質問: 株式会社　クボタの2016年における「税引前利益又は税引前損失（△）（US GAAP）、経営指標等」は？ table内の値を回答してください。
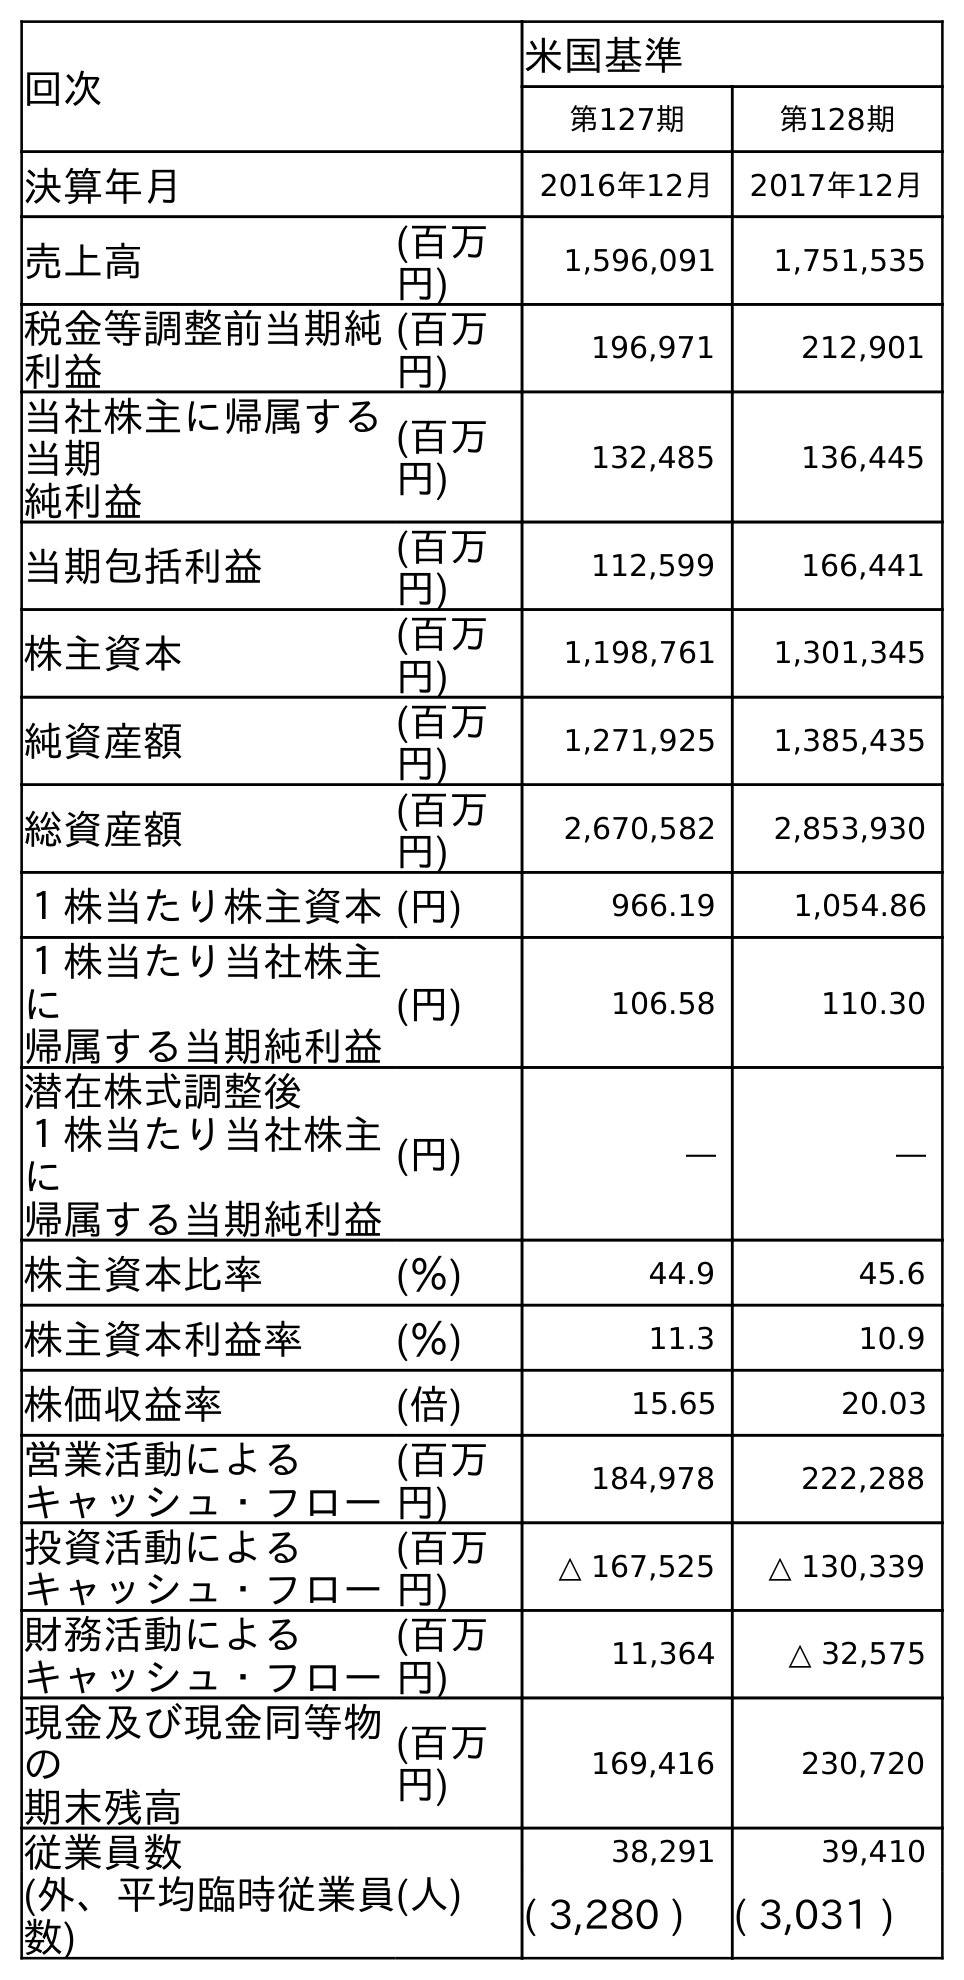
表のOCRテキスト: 回次 米国基準 第127期 第128期 決算年月 2016年12月 2017年12月 売上高 (百万 円) 1,596,091 1,751,535 税金等調整前当期純 利益 (百万 円) 196,971 212,901 当社株主に帰属する 当期 純利益 (百万 円) 132,485 136,445 当期包括利益 (百万 円) 112,599 166,441 株主資本 (百万 円) 1,198,761 1,301,345 純資産額 (百万 円) 1,271,925 1,385,435 総資産額 (百万 円) 2,670,582 2,853,930 １株当たり株主資本(円) 966.19 1,054.86 １株当たり当社株主 に 帰属する当期純利益 (円) 106.58 110.30 潜在株式調整後 １株当たり当社株主 に 帰属する当期純利益 (円) ― ― 株主資本比率 (％) 44.9 45.6 株主資本利益率 (％) 11.3 10.9 株価収益率 (倍) 15.65 20.03 営業活動による キャッシュ・フロー (百万 円) 184,978 222,288 投資活動による キャッシュ・フロー (百万 円) △ 167,525 △ 130,339 財務活動による キャッシュ・フロー (百万 円) 11,364 △ 32,575 現金及び現金同等物 の 期末残高 (百万 円) 169,416 230,720 従業員数 (人) 38,291 39,410 (外、平均臨時従業員 数) ( 3,280 ) ( 3,031 )
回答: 196,971